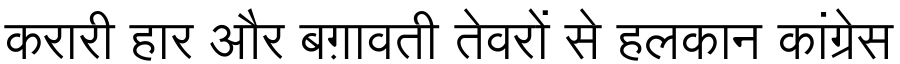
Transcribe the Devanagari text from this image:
करारी हार और बग़ावती तेवरों से हलकान कांग्रेस